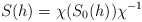
\begin{align*}S(h)=\chi(S_0(h))\chi^{-1}\end{align*}